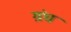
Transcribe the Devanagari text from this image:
ग्रंघ